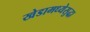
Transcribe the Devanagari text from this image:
खेडामध्येसुद्धा